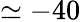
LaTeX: \simeq-40